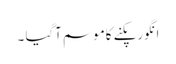
انگورپکنے کاموسم آگیا ۔